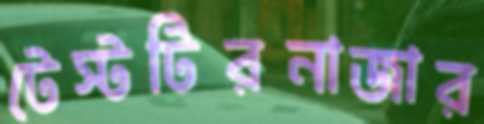
টেস্টটিরনাজার